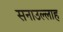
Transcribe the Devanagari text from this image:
सनाउल्‍लाह